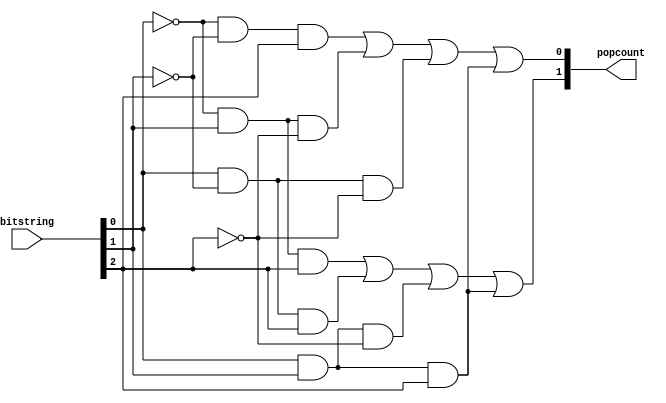
module Popcount(
  input [2:0] bitstring,
  output [1:0] popcount
);

  wire a = bitstring[0];
  wire b = bitstring[1];
  wire c = bitstring[2];

  wire y = (!a & b & c) || (a & !b & c) || (a & b & !c) || (a & b & c);
  wire z = (!a & !b & c) || (!a & b & !c) || (a & !b & !c) || (a & b & c);

  assign popcount[0] = z;
  assign popcount[1] = y;

endmodule